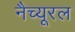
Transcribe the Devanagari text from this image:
नैच्यूरल